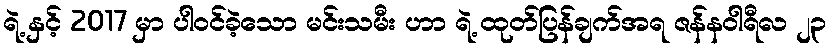
ရဲ့ နှင့် 2017 မှာ ပါဝင်ခဲ့သော မင်းသမီး ဟာ ရဲ့ ထုတ်ပြန်ချက်အရ ဇန်နဝါရီလ ၂၃